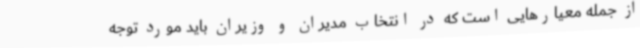
از جمله معیارهایی است که در انتخاب مدیران و وزیران باید مورد توجه